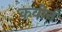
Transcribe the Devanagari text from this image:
कवीनं